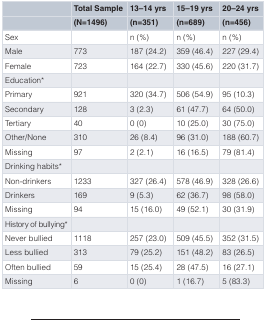
<table><thead><tr><td></td><td><b>Total Sample</b></td><td><b>13–14 yrs</b></td><td><b>15–19 yrs</b></td><td><b>20–24 yrs</b></td></tr><tr><td></td><td><b>(N=1496)</b></td><td><b>(n=351)</b></td><td><b>(n=689)</b></td><td><b>(n=456)</b></td></tr></thead><tbody><tr><td>Sex</td><td></td><td>n (%)</td><td>n (%)</td><td>n (%)</td></tr><tr><td>Male</td><td>773</td><td>187 (24.2)</td><td>359 (46.4)</td><td>227 (29.4)</td></tr><tr><td>Female</td><td>723</td><td>164 (22.7)</td><td>330 (45.6)</td><td>220 (31.7)</td></tr><tr><td>Education*</td><td></td><td></td><td></td><td></td></tr><tr><td>Primary</td><td>921</td><td>320 (34.7)</td><td>506 (54.9)</td><td>95 (10.3)</td></tr><tr><td>Secondary</td><td>128</td><td>3 (2.3)</td><td>61 (47.7)</td><td>64 (50.0)</td></tr><tr><td>Tertiary</td><td>40</td><td>0 (0)</td><td>10 (25.0)</td><td>30 (75.0)</td></tr><tr><td>Other/None</td><td>310</td><td>26 (8.4)</td><td>96 (31.0)</td><td>188 (60.7)</td></tr><tr><td>Missing</td><td>97</td><td>2 (2.1)</td><td>16 (16.5)</td><td>79 (81.4)</td></tr><tr><td>Drinking habits*</td><td></td><td></td><td></td><td></td></tr><tr><td>Non-drinkers</td><td>1233</td><td>327 (26.4)</td><td>578 (46.9)</td><td>328 (26.6)</td></tr><tr><td>Drinkers</td><td>169</td><td>9 (5.3)</td><td>62 (36.7)</td><td>98 (58.0)</td></tr><tr><td>Missing</td><td>94</td><td>15 (16.0)</td><td>49 (52.1)</td><td>30 (31.9)</td></tr><tr><td>History of bullying*</td><td></td><td></td><td></td><td></td></tr><tr><td>Never bullied</td><td>1118</td><td>257 (23.0)</td><td>509 (45.5)</td><td>352 (31.5)</td></tr><tr><td>Less bullied</td><td>313</td><td>79 (25.2)</td><td>151 (48.2)</td><td>83 (26.5)</td></tr><tr><td>Often bullied</td><td>59</td><td>15 (25.4)</td><td>28 (47.5)</td><td>16 (27.1)</td></tr><tr><td>Missing</td><td>6</td><td>0 (0)</td><td>1 (16.7)</td><td>5 (83.3)</td></tr></tbody></table>